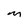
Character: M